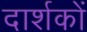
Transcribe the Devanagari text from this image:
दार्शकों